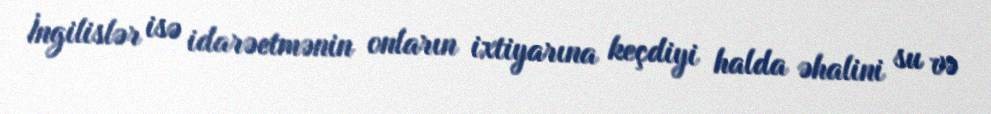
İngilislər isə idarəetmənin onların ixtiyarına keçdiyi halda əhalini su və